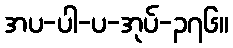
အပ-ပါ-ပ-အုပ်-၃၇၆။